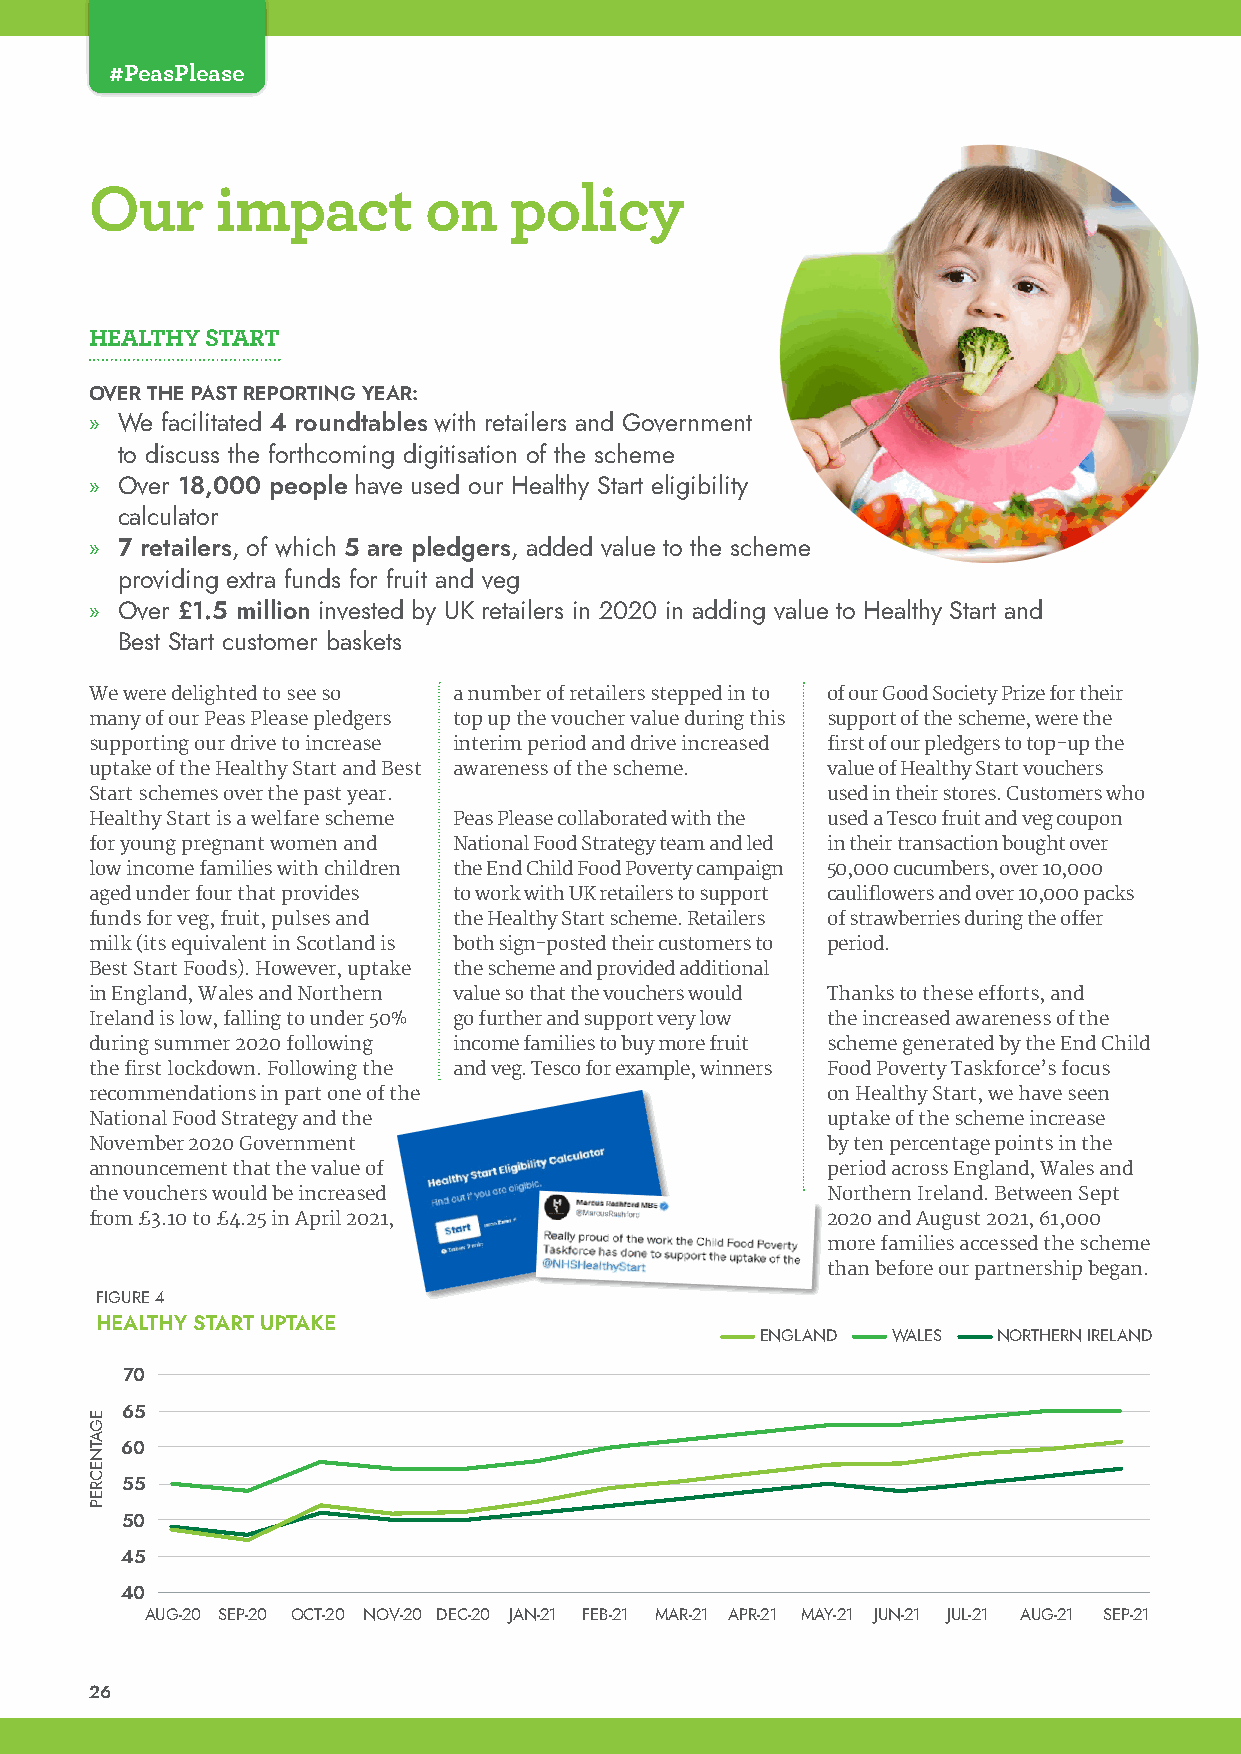
#PeasPlease
 Our     impact        on    policy
 HEALTHY START
 OVER THE PAST REPORTING YEAR:
 » We facilitated 4 roundtables with retailers and Government
 to discuss the forthcoming digitisation of the scheme
 » Over 18,000 people have used our Healthy Start eligibility
 calculator
 » 7 retailers, of which 5 are pledgers, added value to the scheme
 providing extra funds for fruit and veg
 » Over £1.5 million invested by UK retailers in 2020 in adding value to Healthy Start and
 Best Start customer baskets
 We were delighted to see so a number of retailers stepped in to of our Good Society Prize for their
 many of our Peas Please pledgers top up the voucher value during this support of the scheme, were the
 supporting our drive to increase interim period and drive increased first of our pledgers to top-up the
 uptake of the Healthy Start and Best awareness of the scheme. value of Healthy Start vouchers
 Start schemes over the past year.                used in their stores. Customers who
 Healthy Start is a welfare scheme Peas Please collaborated with the used a Tesco fruit and veg coupon
 for young pregnant women and National Food Strategy team and led in their transaction bought over
 low income families with children the End Child Food Poverty campaign 50,000 cucumbers, over 10,000
 aged under four that provides to work with UK retailers to support cauliflowers and over 10,000 packs
 funds for veg, fruit, pulses and the Healthy Start scheme. Retailers of strawberries during the offer
 milk (its equivalent in Scotland is both sign-posted their customers to period.
 Best Start Foods). However, uptake the scheme and provided additional
 in England, Wales and Northern value so that the vouchers would Thanks to these efforts, and
 Ireland is low, falling to under 50% go further and support very low the increased awareness of the
 during summer 2020 following income families to buy more fruit scheme generated by the End Child
 the first lockdown. Following the and veg. Tesco for example, winners Food Poverty Taskforce’s focus
 recommendations in part one of the               on Healthy Start, we have seen
 National Food Strategy and the                   uptake of the scheme increase
 November 2020 Government                         by ten percentage points in the
 announcement that the value of                   period across England, Wales and
 the vouchers would be increased                  Northern Ireland. Between Sept
 from £3.10 to £4.25 in April 2021,               2020 and August 2021, 61,000
 more families accessed the scheme
 than before our partnership began.
 FIGURE 4
 HEALTHY START UPTAKE
 ENGLAND  WALES  NORTHERN IRELAND
 70
 65
 60
 55
 50
 45
 40
 AUG-20 SEP-20 OCT-20 NOV-20 DEC-20 JAN-21 FEB-21 MAR-21 APR-21 MAY-21 JUN-21 JUL-21 AUG-21 SEP-21
 26
 EGATNECREP